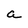
Character: a